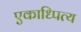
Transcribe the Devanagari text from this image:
एकाध्पित्य